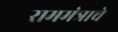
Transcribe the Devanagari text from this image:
राममंत्राचे